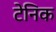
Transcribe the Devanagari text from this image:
टेनिक